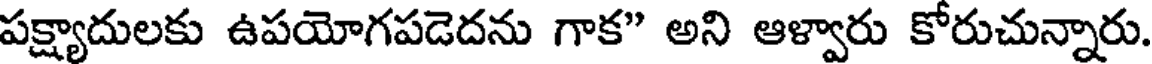
పక్ష్యాదులకు ఉపయోగపడెదను గాక" అని ఆళ్వారు కోరుచున్నారు.